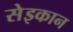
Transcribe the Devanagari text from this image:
सेइकान